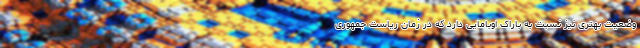
وضعیت بهتری نیز نسبت به باراک اوبامایی دارد که در زمان ریاست جمهوری